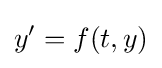
y'=f(t,y)